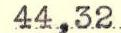
44,32